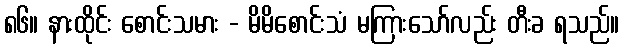
၈၆။ နားထိုင်း စောင်းသမား - မိမိစောင်းသံ မကြားသော်လည်း တီးခ ရသည်။